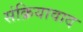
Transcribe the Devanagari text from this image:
संक्रियावाद